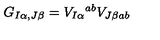
G _ { I \alpha , J \beta } = V _ { I \alpha } { } ^ { a b } V _ { J \beta a b }